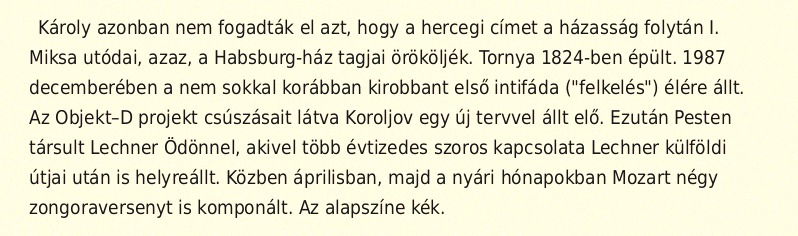
Károly azonban nem fogadták el azt, hogy a hercegi címet a házasság folytán I. Miksa utódai, azaz, a Habsburg-ház tagjai örököljék. Tornya 1824-ben épült. 1987 decemberében a nem sokkal korábban kirobbant első intifáda ("felkelés") élére állt. Az Objekt–D projekt csúszásait látva Koroljov egy új tervvel állt elő. Ezután Pesten társult Lechner Ödönnel, akivel több évtizedes szoros kapcsolata Lechner külföldi útjai után is helyreállt. Közben áprilisban, majd a nyári hónapokban Mozart négy zongoraversenyt is komponált. Az alapszíne kék.